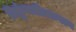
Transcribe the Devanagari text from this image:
निकुंजलीलागान